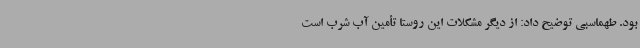
بود. طهماسبی توضیح داد: از دیگر مشکلات این روستا تأمین آب شرب است